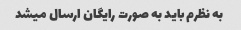
به نظرم باید به صورت رایگان ارسال میشد